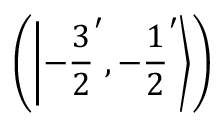
\left( \left| - { \frac { 3 } { 2 } } ^ { \prime } , - { \frac { 1 } { 2 } } ^ { \prime } \right\rangle \right)